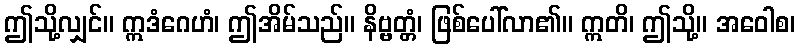
ဤသို့လျှင်။ ဣဒံဂေဟံ၊ ဤအိမ်သည်။ နိဗ္ဗတ္တံ၊ ဖြစ်ပေါ်လာ၏။ ဣတိ၊ ဤသို့။ အဝေါစ၊